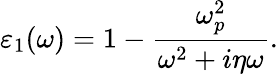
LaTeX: \varepsilon_{1}(\omega)=1-\frac{\omega_{p}^{2}}{\omega^{2}+i\eta\omega}.